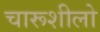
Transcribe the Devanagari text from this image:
चारूशीलो